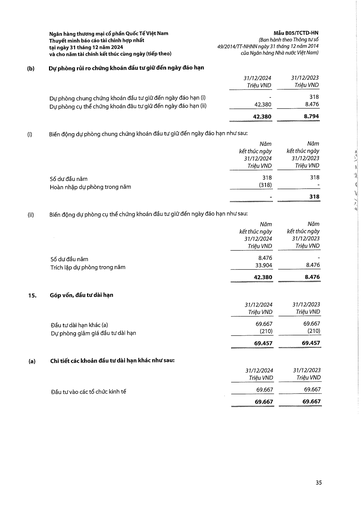
||31/12/2024 Triệu VND|31/12/2023 Triệu VND| |---|---|---| |Dự phòng chung chứng khoán đầu tư giữ đến ngày đáo hạn (i)||318| |Dự phòng cụ thể chứng khoán đầu tư giữ đến ngày đáo hạn (ii)|42.380|8.476| ||42.380|8.794| ||Năm kết thúc ngày 31/12/2024 Triệu VND|Năm kết thúc ngày 31/12/2023 Triệu VND| |---|---|---| |Số dư đầu năm|318|318| |Hoàn nhập dự phòng trong năm|(318)|| |||318| ||Năm kết thúc ngày 31/12/2024 Triệu VND|Năm kết thúc ngày 31/12/2023 Triệu VND| |---|---|---| |Số dư đầu năm|8.476|| |Trích lập dự phòng trong năm|33.904|8.476| ||42.380|8.476| ||31/12/2024 Triệu VND|31/12/2023 Triệu VND| |---|---|---| |Đầu tư dài hạn khác (a)|69.667|69.667| |Dự phòng giảm giá đầu tư dài hạn|(210)|(210)| ||69.457|69.457| ||31/12/2024 Triệu VND|31/12/2023 Triệu VND| |---|---|---| |Đầu tư vào các tổ chức kinh tế|69.667|69.667| ||69.667|69.667|